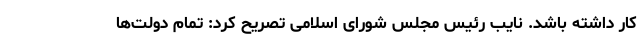
کار داشته باشد. نایب رئیس مجلس شورای اسلامی تصریح کرد: تمام دولت‌ها